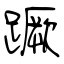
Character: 蹶